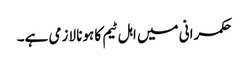
حکمرانی میں اہل ٹیم کا ہونا لازمی ہے۔